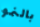
بالنمو